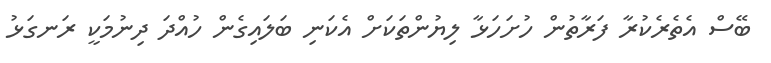
ބޭސް އެތެރެކުރާ ފަރާތުން ހުށަހަޅާ ލިޔުންތަކަށް އެކަނި ބަލައިގެން ހުއްދަ ދިނުމަކީ ރަނގަޅު